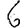
Digit: 6